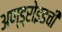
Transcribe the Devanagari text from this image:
अण्ड्रोइडची